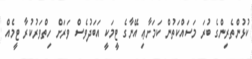
ކުޅުންތެރިންގެ ބުރަ މަސައްކަތުން ކަމަށާޢި އޭނާގެ ޓީމަކީ އަބަދުވެސް ވަރަށް ހިތްވަރުކުރާ ޓީމެއް